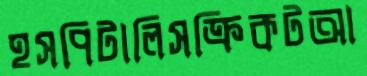
হসপিটালিসক্রিকটআ